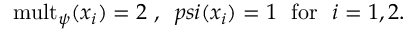
\mathrm { m u l t } _ { \psi } ( x _ { i } ) = 2 \ , \ \, p s i ( x _ { i } ) = 1 \ \ \mathrm { f o r ~ \ } i = 1 , 2 .